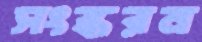
সংস্করন